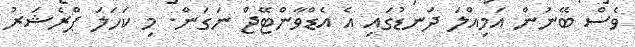
ވެސް ބޭނުން އަމިއްލަ ދަނޑުގައި އެ އެޑްވާންޓޭޖް ނަގަން. މި ކަހަލަ ޕްރެޝަރު